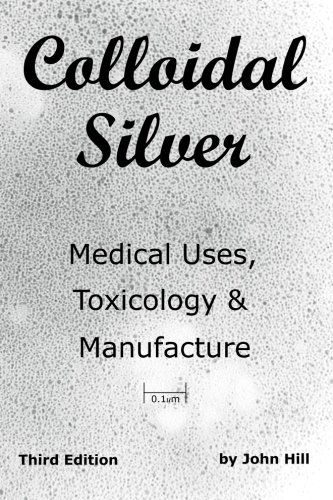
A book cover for Colloidal Silver Medical Uses, Toxicology & Manufacture; John Hill; Medical Books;